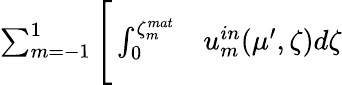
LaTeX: \begin{array}{rl}{\sum_{m=-1}^{1}\Bigg[\int_{0}^{\zeta_{m}^{mat}}}&{{}u_{m}^{in}(\mu^{\prime},\zeta)d\zeta}\end{array}